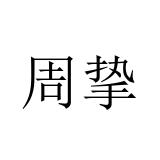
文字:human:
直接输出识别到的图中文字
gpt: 周挚